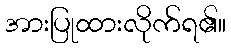
အားပြုထားလိုက်ရ၏။